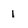
Character: 1